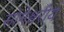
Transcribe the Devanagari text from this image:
सोमेश्वरीय